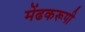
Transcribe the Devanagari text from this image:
मेंढकरूपी